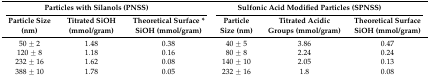
| <COLSPAN=3> Particles with Silanols (PNSS) | <COLSPAN=3> Sulfonic Acid Modified Particles (SPNSS) |
 | Particle Size (nm) | Titrated SiOH (mmol/gram) | Theoretical Surface * SiOH (mmol/gram) | Particle Size (nm) | Titrated Acidic Groups (mmol/gram) | Theoretical Surface SiOH (mmol/gram) |
 | --- | --- | --- | --- | --- | --- |
 | 50 ± 2 | 1.48 | 0.38 | 40 ± 5 | 3.86 | 0.47 |
 | 120 ± 8 | 1.18 | 0.16 | 80 ± 8 | 2.24 | 0.24 |
 | 232 ± 16 | 1.62 | 0.08 | 140 ± 10 | 2.05 | 0.13 |
 | 388 ± 10 | 1.78 | 0.05 | 232 ± 16 | 1.8 | 0.08 |